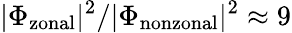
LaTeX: |\Phi_{\mathrm{zonal}}|^{2}/|\Phi_{\mathrm{nonzonal}}|^{2}\approx 9